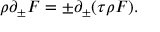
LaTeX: \rho \partial _ { \pm } F = \pm \partial _ { \pm } ( \tau \rho F ) .